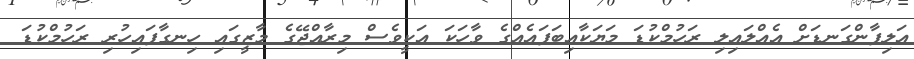
އަލިފާންގަނޑަށް އެއްލައިލި ރަހުމްކުޑަ މަޔަކާއިބަފައެއްގެ ވާހަކަ އަކީވެސް މިރާއްޖޭގެ މާޒީގައި ހިނގާފައިހުރި ރަހުމްކުޑަ